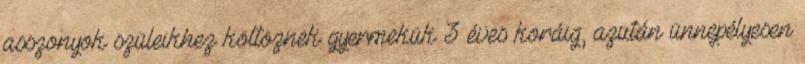
asszonyok szüleikhez költöznek gyermekük 3 éves koráig, azután ünnepélyesen